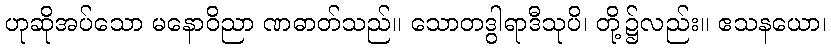
ဟုဆိုအပ်သော မနောဝိညာ ဏဓာတ်သည်။ သောတဒွါရာဒီသုပိ၊ တို့၌လည်း။ ဧသနယော၊